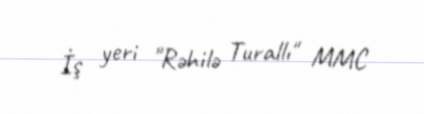
İş yeri "Rəhilə Turallı" MMC